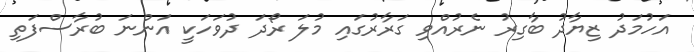
އަހުމަދު ޒިޔާދު ބާގިރު ނެރުއްވި ގަރާރުގައި މުލަ ރޯދަ ދުވަހަކީ އަންނަ ބުރާސްފަތި